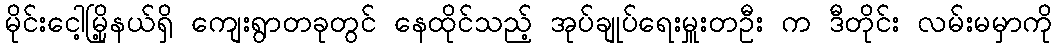
မိုင်းငေါ့မြို့နယ်ရှိ ကျေးရွာတခုတွင် နေထိုင်သည့် အုပ်ချုပ်ရေးမှူးတဦး က ဒီတိုင်း လမ်းမမှာကို